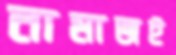
নামাজই